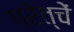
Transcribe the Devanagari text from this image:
ग्रेत्चें